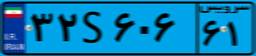
۷۳S۳۷۹۷۸